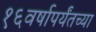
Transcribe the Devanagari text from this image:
१६वर्षापर्यंतच्या